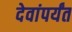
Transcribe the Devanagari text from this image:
देवांपर्यंत